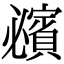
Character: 𧸈